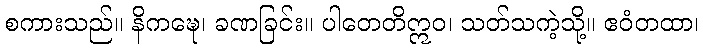
စကားသည်။ နိကဍ္ဎေ၊ ခဏခြင်း။ ပါတေတိဣဝ၊ သတ်သကဲ့သို့။ ဧဝံတထာ၊